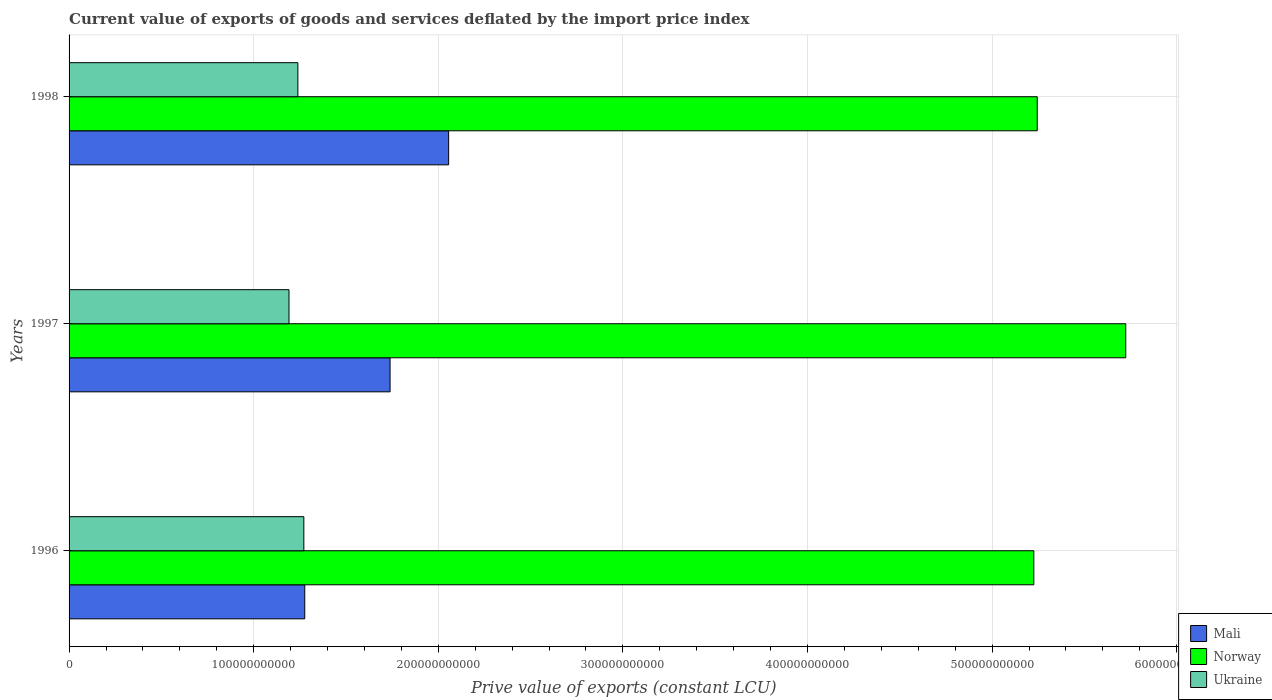
| Years | Mali | Norway | Ukraine |
 | --- | --- | --- | --- |
 | 1996 | 1.28e+11 | 5.23e+11 | 1.27e+11 |
 | 1997 | 1.74e+11 | 5.72e+11 | 1.19e+11 |
 | 1998 | 2.06e+11 | 5.24e+11 | 1.24e+11 |